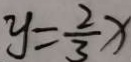
y = \frac { 2 } { 3 } x